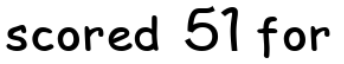
scored 51 for